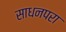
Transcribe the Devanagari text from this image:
साधनपरा